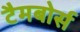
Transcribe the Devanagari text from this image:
टैमबोर्स